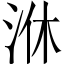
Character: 㳜